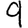
Digit: 9